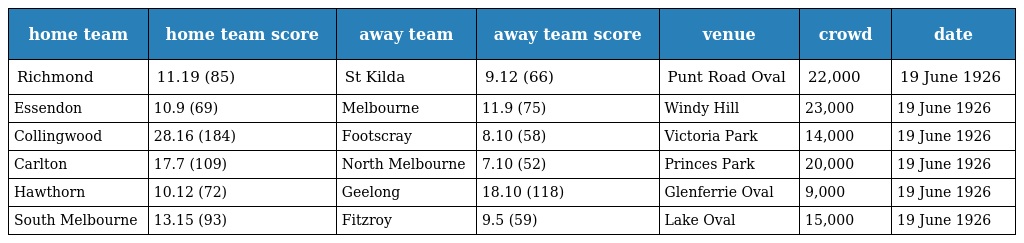
| home team | home team score | away team | away team score | venue | crowd | date |
 | --- | --- | --- | --- | --- | --- | --- |
 | Richmond | 11.19 (85) | St Kilda | 9.12 (66) | Punt Road Oval | 22,000 | 19 June 1926 |
 | Essendon | 10.9 (69) | Melbourne | 11.9 (75) | Windy Hill | 23,000 | 19 June 1926 |
 | Collingwood | 28.16 (184) | Footscray | 8.10 (58) | Victoria Park | 14,000 | 19 June 1926 |
 | Carlton | 17.7 (109) | North Melbourne | 7.10 (52) | Princes Park | 20,000 | 19 June 1926 |
 | Hawthorn | 10.12 (72) | Geelong | 18.10 (118) | Glenferrie Oval | 9,000 | 19 June 1926 |
 | South Melbourne | 13.15 (93) | Fitzroy | 9.5 (59) | Lake Oval | 15,000 | 19 June 1926 |